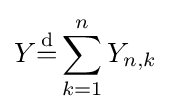
Y{\stackrel {\mathrm {d} }{=}}\sum _{k=1}^{n}Y_{n,k}